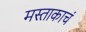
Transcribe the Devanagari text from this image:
मस्ताकाचं